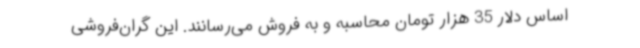
اساس دلار 35 هزار تومان محاسبه و به فروش می‌رسانند. این گران‌فروشی